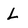
Character: L